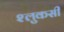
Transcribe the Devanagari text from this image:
श्लुकसी